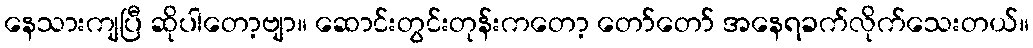
နေသားကျပြီ ဆိုပါတော့ဗျာ။ ဆောင်းတွင်းတုန်းကတော့ တော်တော် အနေရခက်လိုက်သေးတယ်။